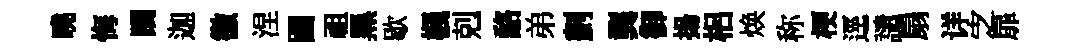
曉悔躪迦徼涅圎祖黑歇楓剋酪弟劃龔御揚梠焕称梗逕譴扇详㝎扉